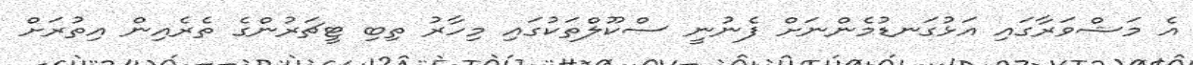
އެ މަޝްވަރާގައި އަޅުގަނޑުމެންނަށް ފެނުނީ ސްކޫލްތަކުގައި މިހާރު ތިބި ޓީޗަރުންގެ ތެރެއިން އިތުރަށް